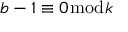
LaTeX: b - 1 \equiv 0 { \bmod { k } }